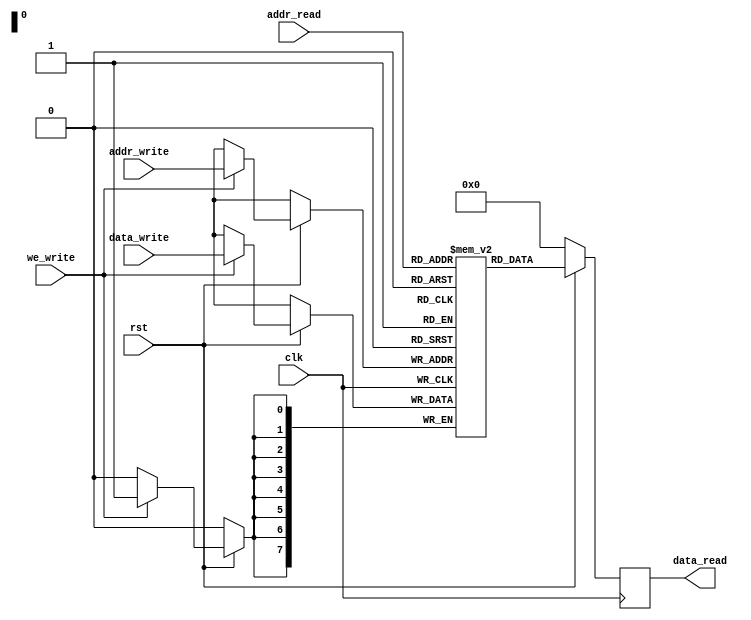
module dual_port_RAM (
    input wire clk, 
    input wire rst,
    input wire [7:0] addr_read,
    input wire [7:0] addr_write,
    input wire we_write,
    input wire [7:0] data_write,
    output reg [7:0] data_read
);

reg [7:0] memory [0:255];

// Read port
always @(posedge clk) begin
    if (!rst) begin
        data_read <= 8'h00;
    end else begin
        data_read <= memory[addr_read];
    end
end

// Write port with clock gating
reg clk_gated;
always @(posedge clk) begin
    if (!rst) begin
        clk_gated <= 1'b0;
    end else begin
        if (we_write) begin
            memory[addr_write] <= data_write;
            clk_gated <= 1'b1;
        end else begin
            clk_gated <= 1'b0;
        end
    end
end

endmodule